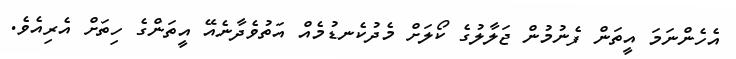
އެހެންނަމަ އީތަން ފެނުމުން ޖަލާލުގެ ކޯލަށް މެދުކެނޑުމެއް އަތުވެދާނެއޭ އީތަންގެ ހިތަށް އެރިއެވެ.